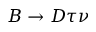
B \to D \tau \nu